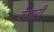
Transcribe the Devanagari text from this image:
बेतारी